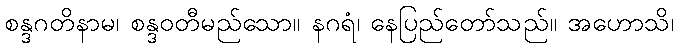
စန္ဒဂတိနာမ၊ စန္ဒဝတီမည်သော။ နဂရံ၊ နေပြည်တော်သည်။ အဟောသိ၊